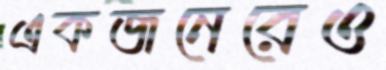
একজনেরেও